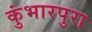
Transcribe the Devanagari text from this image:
कुंभारपुरा